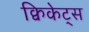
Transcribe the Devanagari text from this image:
क्विकेट्स